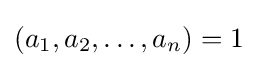
(a_{1},a_{2},\dots ,a_{n})=1